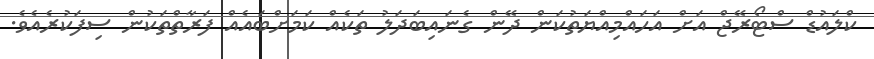
ކްލައުޑް ސްޓޯރޭޖް އަށް އަހައްމިއްޔަތުކަން ދޭން ގެނައިބަދަލު ތަކެއް ކަމަށްބައެއް ފަރާތްތަކުން ސިފަކުރެއެވެ.